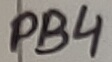
Text: PB4